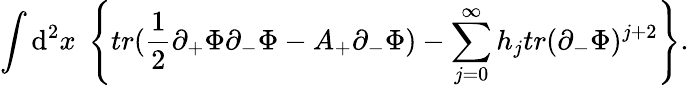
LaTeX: \int\mathrm{d}^{2}x\; \left\{ tr(\frac{{1}}{{2}}\partial_{+}\Phi\partial_{-}\Phi-A_{+}\partial_{-}\Phi)-\sum_{j=0}^{\infty}h_{j}tr(\partial_{-}\Phi)^{j+2}\right\} .